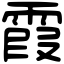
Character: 霞